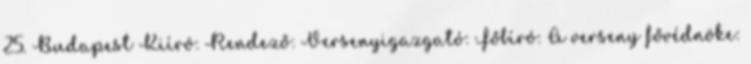
25. Budapest Kiíró: Rendező: Versenyigazgató: Főbíró: A verseny fővédnöke: